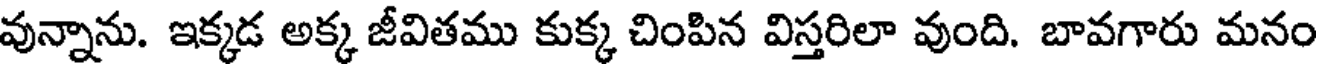
వున్నాను. ఇక్కడ అక్క జీవితము కుక్క చింపిన విస్తరిలా వుంది. బావగారు మనం